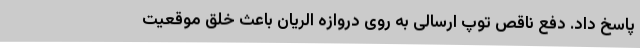
پاسخ داد. دفع ناقص توپ ارسالی به روی دروازه الریان باعث خلق موقعیت